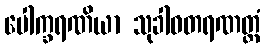
ပေါက္ခရဏိယာ သုခါဝတရဏတ္ထံ